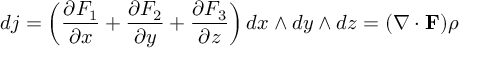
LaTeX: d j = \left( { \frac { \partial F _ { 1 } } { \partial x } } + { \frac { \partial F _ { 2 } } { \partial y } } + { \frac { \partial F _ { 3 } } { \partial z } } \right) d x \wedge d y \wedge d z = ( \nabla \cdot { \mathbf { F } } ) \rho